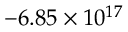
- 6 . 8 5 \times 1 0 ^ { 1 7 }